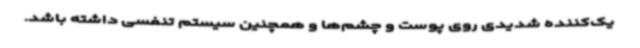
یک‌کننده شدیدی روی پوست و چشم‌ها و همچنین سیستم تنفسی داشته باشد.